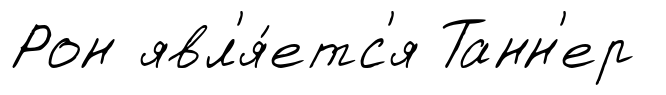
Рон явл'я́етс'я Танн'ер